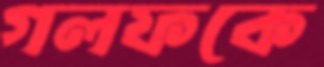
গলফকে